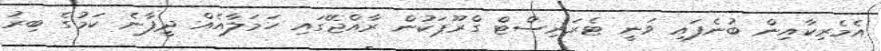
އެމެރިކާއިން ބުނެފައި ވަނީ ޓެރަރިސްޓް ގްރޫޕަކުން ރާއްޖޭގައި ހަމަލާއެއް ދީފާނެ ކަމުގެ ބިރު